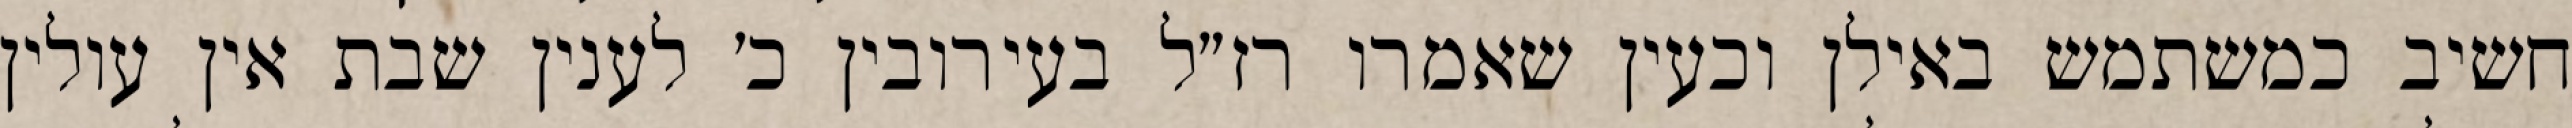
חשיב כמשתמש באילן וכעין שאמרו רז״ל בעירובין כ׳ לענין שבת אין עולין